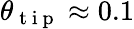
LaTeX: \theta_{\mathrm{~t~i~p~}}\approx 0.1